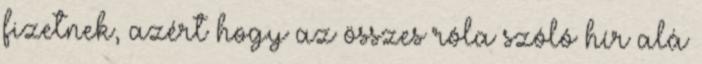
fizetnek, azért hogy az összes róla szóló hí­r alá